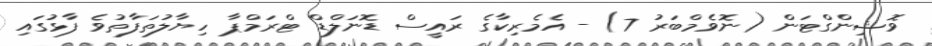
ވޮޝިންގްޓަން (ނޮވެމްބަރު 7) - އެމެރިކާގެ ރައީސް ޑޮނަލްޑް ޓްރަމްޕާ ހިޔާލުތަފާތުވެ ފާޅުގައި